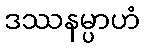
ဒဿနမ္ပာဟံ